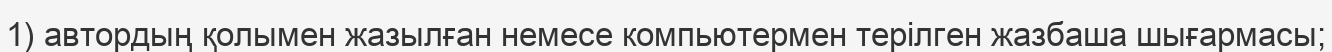
1) автордың қолымен жазылған немесе компьютермен терілген жазбаша шығармасы;